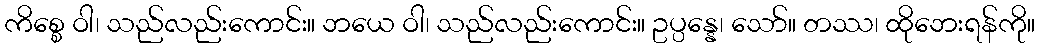
ကိစ္စေ ဝါ၊ သည်လည်းကောင်း။ ဘယေ ဝါ၊ သည်လည်းကောင်း။ ဥပ္ပန္နေ၊ သော်။ တဿ၊ ထိုဘေးရန်ကို။